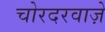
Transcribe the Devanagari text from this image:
चोरदरवाज़े